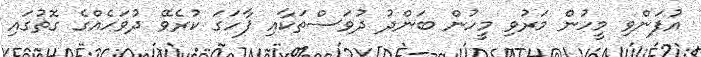
އުފަންވި މީހުން މަރުވި މީހުން ބަންދު ދުވަސްތަކާއި ފާހަގަ ކުރެވޭ ދުވަހެއްގެ ގޮތުގައި